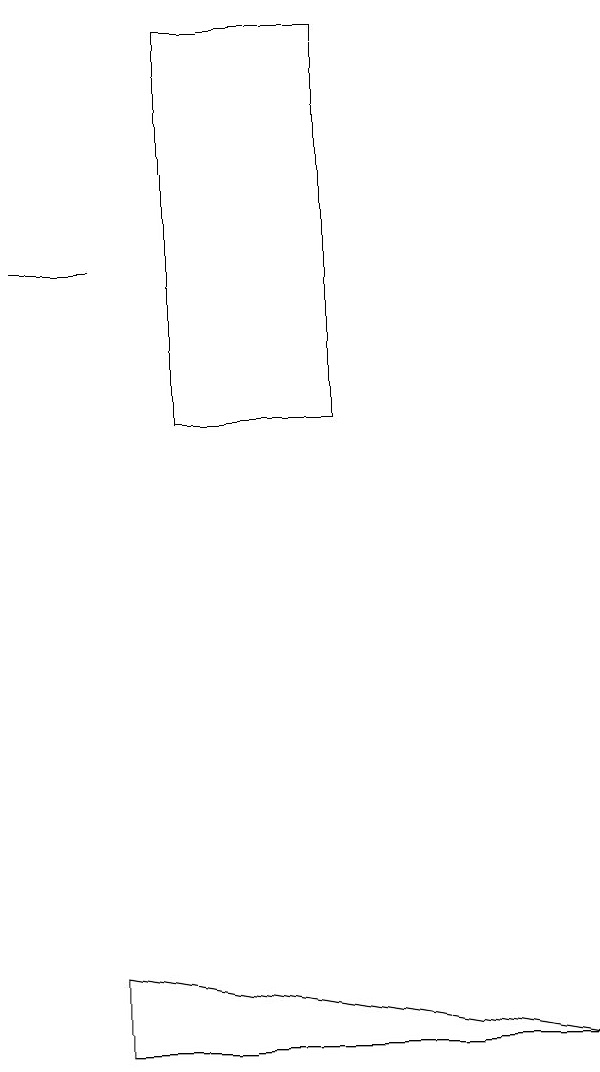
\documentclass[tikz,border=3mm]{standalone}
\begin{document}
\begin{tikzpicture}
\draw (9,3) -- (3,3) -- (3,4) -- cycle;
\draw (6,11) rectangle (4,16);
\draw (2,13) rectangle (3,13);
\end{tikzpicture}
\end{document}